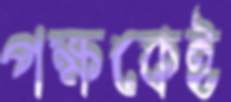
পক্ষকেই